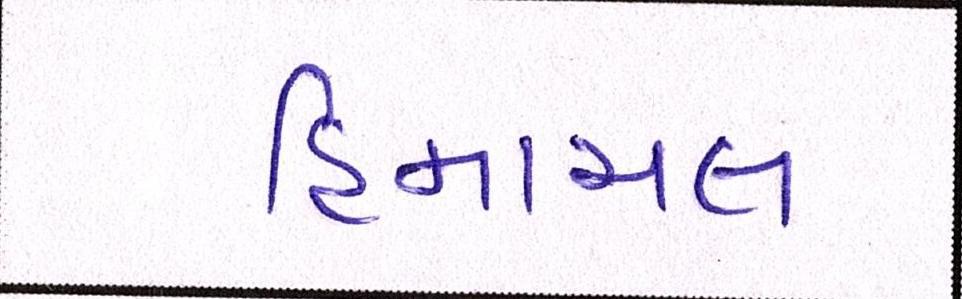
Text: હિમાચલ